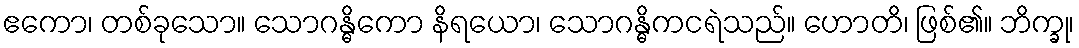
ဧကော၊ တစ်ခုသော။ သောဂန္ဓိကော နိရယော၊ သောဂန္ဓိကငရဲသည်။ ဟောတိ၊ ဖြစ်၏။ ဘိက္ခု၊